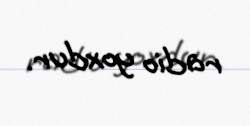
radio yoxdur.